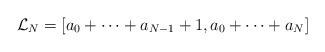
LaTeX: \begin{align*}\mathcal{L}_N = [a_0+\cdots+a_{N-1}+1,a_0+\cdots+a_N]\end{align*}